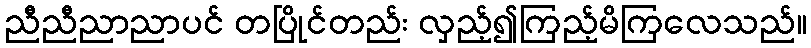
ညီညီညာညာပင် တပြိုင်တည်း လှည့်၍ကြည့်မိကြလေသည်။